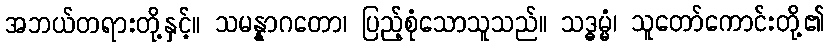
အဘယ်တရားတို့နှင့်။ သမန္နာဂတော၊ ပြည့်စုံသောသူသည်။ သဒ္ဓမ္မံ၊ သူတော်ကောင်းတို့၏